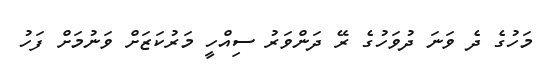
މަހުގެ ދެ ވަނަ ދުވަހުގެ ރޭ ދަންވަރު ސިއްހީ މަރުކަޒަށް ވަނުމަށް ފަހު